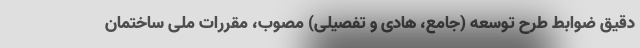
دقیق ضوابط طرح توسعه (جامع، هادی و تفصیلی) مصوب، مقررات ملی ساختمان